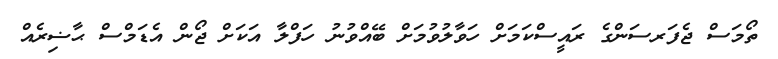
ތޯމަސް ޖެފަރސަންގެ ރައީސްކަމަށް ހަވާލުވުމަށް ބޭއްވުނު ހަފްލާ އަކަށް ޖޯން އެޑަމްސް ޙާޟިރެއް